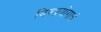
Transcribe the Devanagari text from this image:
विषप्रयोगाचे